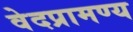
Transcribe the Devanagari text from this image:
वेदप्रामण्य